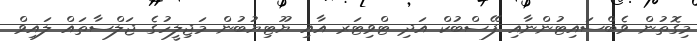
މިގޮތުން ވެބްސައިޓުންނާއި ފޭސްބުކް އަދި ޓްވިޓަރ އާއި ޔޫޓިޔުބުން މަޖިލީހުގެ ޖަލްސާތައް ލައިވް